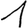
Digit: 1